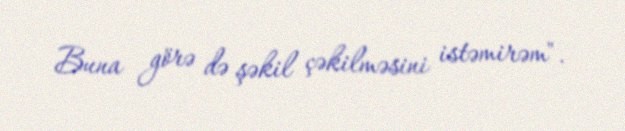
Buna görə də şəkil çəkilməsini istəmirəm".